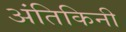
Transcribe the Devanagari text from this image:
अंतिकिनी